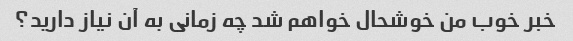
خبر خوب من خوشحال خواهم شد چه زمانی به آن نیاز دارید؟